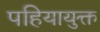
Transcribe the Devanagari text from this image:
पहियायुक्त